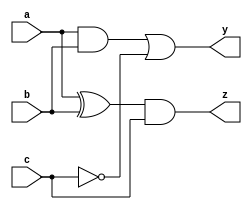
module combinational_circuit (
    input wire a,
    input wire b,
    input wire c,
    output reg y,
    output reg z
);

    // Task definition
    task compute_output;
        input wire a;
        input wire b;
        input wire c;
        output reg y;
        output reg z;
        begin
            // Combinational logic assignments using blocking assignments
            y = (a & b) | (~c); // Example logic for output y
            z = (a ^ b) & c;    // Example logic for output z
        end
    endtask

    // Always block triggered by all input signals
    always @* begin
        // Initialize outputs to avoid unknown states
        y = 1'b0;
        z = 1'b0;

        // Call the task to compute outputs based on inputs
        compute_output(a, b, c, y, z);
    end

endmodule